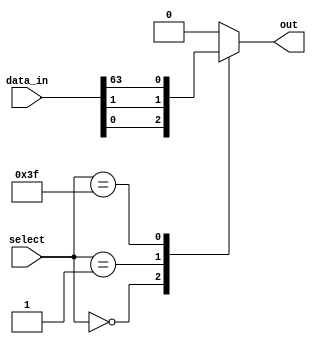
module mux_64_1 (
    input [63:0] data_in, // 64 data input lines
    input [5:0] select, // 6-bit select signal
    output reg out
    );

always @* begin
    case (select)
        6'b000000: out = data_in[0];
        6'b000001: out = data_in[1];
        // Add cases for remaining 62 data inputs
        6'b111111: out = data_in[63];
        default: out = 1'b0; // Default output value
    endcase
end

endmodule